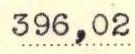
396,02